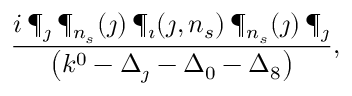
{ \frac { i \, \P _ { \jmath } \, \P _ { n _ { s } } ( \jmath ) \, \P _ { \imath } ( \jmath , n _ { s } ) \, \P _ { n _ { s } } ( \jmath ) \, \P _ { \jmath } } { \left( k ^ { 0 } - \Delta _ { \jmath } - \Delta _ { 0 } - \Delta _ { 8 } \right) } } ,